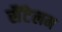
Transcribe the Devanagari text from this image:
सैंटेलम